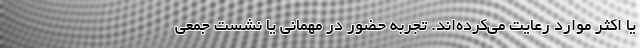
یا اکثر موارد رعایت می‌کرده‌اند. تجربه حضور در مهمانی یا نشست جمعی